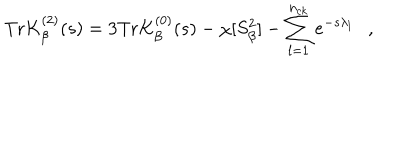
\mathrm { T r } K _ { \beta } ^ { ( 2 ) } ( s ) = 3 \mathrm { T r } K _ { \beta } ^ { ( 0 ) } ( s ) - \chi [ S _ { \beta } ^ { 2 } ] - \sum _ { l = 1 } ^ { n _ { c k } } e ^ { - s \lambda _ { l } } ,